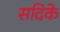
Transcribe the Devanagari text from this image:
सदिके